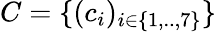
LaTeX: C=\{ (c_{i})_{i\in\{ 1,..,7\} }\}